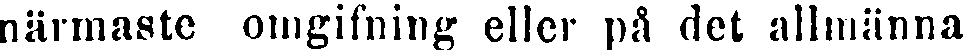
närmaste omgifning eller på det allmänna